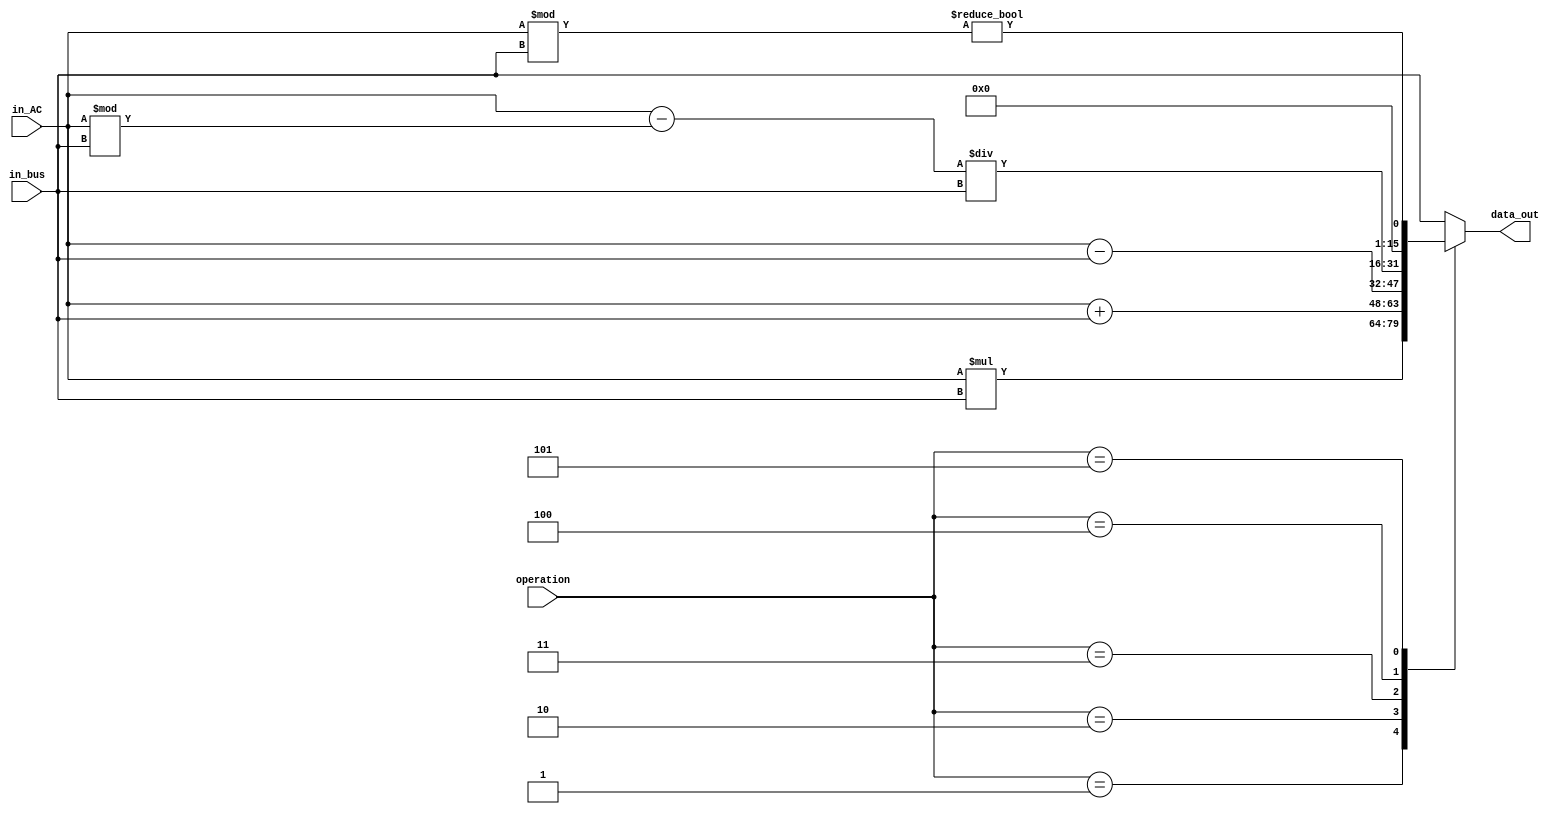
module alu(
	input [15:0] in_bus,
	input [15:0] in_AC,
	input [2:0] operation,
	output reg [15:0] data_out
);
				
//Defining symbols to identify logical opeartors
localparam pass = 0;
localparam mul = 1;
localparam add = 2;
localparam sub = 3;
localparam int_div = 4;
localparam is_mod = 5;
	
		
always @(in_bus or in_AC or operation)
	begin
		case(operation)
			pass:data_out = in_bus;
			mul: data_out = in_AC * in_bus;
			add: data_out = in_AC + in_bus;
			sub: data_out = in_AC - in_bus;
			int_div: data_out= (in_AC - in_AC % in_bus)/in_bus;
			is_mod: data_out= ((in_AC % in_bus) != 0);
				
			default : data_out = in_bus;
		endcase
	end	
endmodule